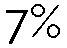
7%